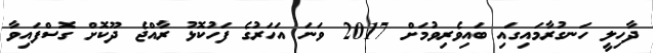
ދާހިލީ ހަނގުރާމައިގައި ބައިވެރިވުމަށް 2017 ވަނަ އަހަރުގެ ފަހުކޮޅު ރާއްޖެ ދޫކޮށް ގޮސްފައިވާ